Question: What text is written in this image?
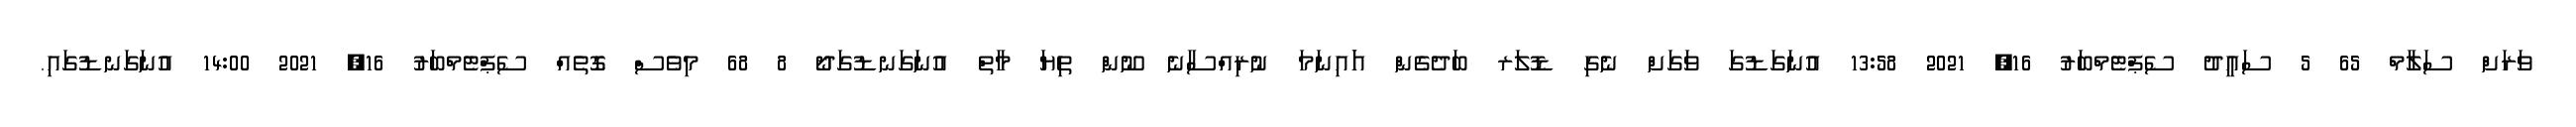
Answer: ވަރަށް ސަލާމް 65 5 ސައީދު ސެޕްޓެމްބަރު 16, 2021 13:58 އުނަގަޑުގަ ވަގަށް ނެގި ޑޮލަރ ބަދެގެން އަައިނަމަ ނުރިއްސާނެ ނޫން ތިޔަ މާތް އުނަގަނޑުގަދޯ 8 68 މިވެސް ގޮތެއް ސެޕްޓެމްބަރު 16, 2021 14:00 އުނަގަނޑުގައި.